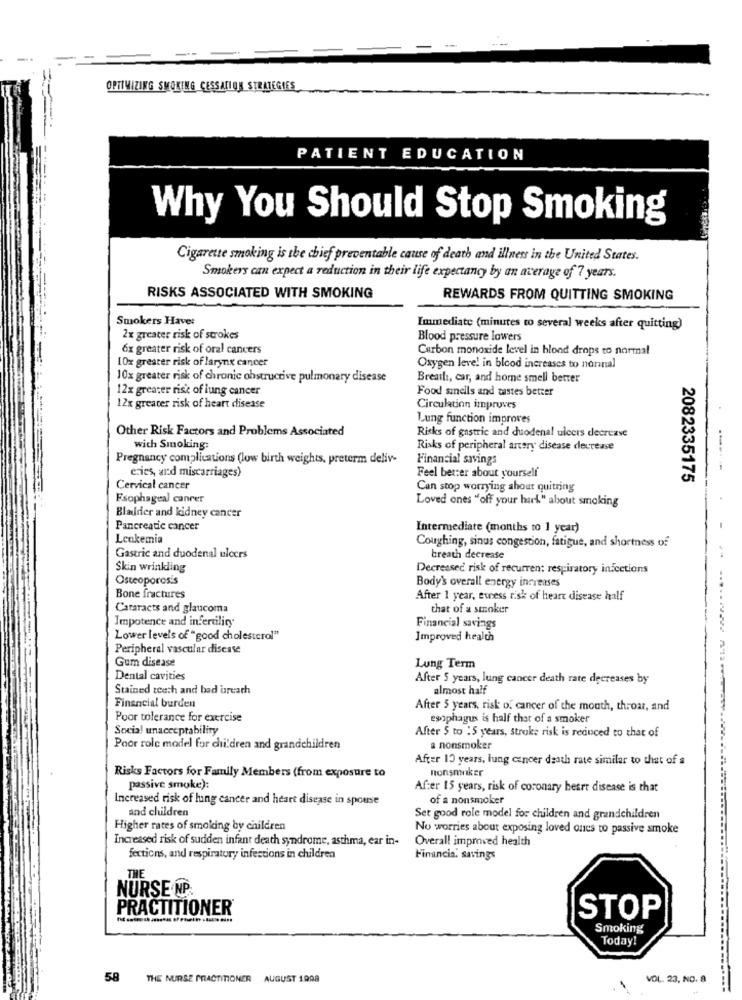
OPTIMIZING SMOKING CESSATION STRATEGIES
PATIENT EDUCATION
Why You Should Stop Smoking
Cigarette smoking is the chief preventable cause of death and illness in the United States.
Smokers can expect a reduction in their life expectancy by an average of 7 years.
RISKS ASSOCIATED WITH SMOKING
REWARDS FROM QUITTING SMOKING
Smokers Havet
Immediate (minutes to several weeks after quitting)
2x greater risk of strokes
Blood pressure lowers
6x greater risk of oral cancers
Carbon monoxide level in blond drops to normal
10% greater risk of larynx cancer
Oxygen leve! in blood increases to normal
10x greater risk of chronic obstructive pulmonary disease
Breath, car, and home smell better
12x greater risk of lung cancer
Food sinells and tastes better
12x greater risk of heart disease
Circulation improves
Lung function improves
Other Risk Factors and Problems Associated
Risks of gastric and duodenal ulcers decrease
with Smoking
Risks of peripheral artery disease decrease
Pregnancy complications (low birth weights, preterm deliv-
Financial savings
eries, and miscarriages)
Feel better about yourself
2082335175
Cervical cancer
Can stop worrying about quitring
Esophageal canrer
Loved ones "off your hark" about smoking
Bladder and kidney cancer
Pancreatic cancer
Intermediate (months to 1 year)
Leukemia
Coughing, sinus congestion, fatigue, and shortness of
Gastric and duodenal ulcers
breath decrease
Skin wrinkling
Decreased risk of recurren: respiratory infections
Osteoporosis
Body's overall energy increases
Bone fractures
After 1 year, ewess risk of heart disease half
Cataracts and glaucoma
that of a smoker
Impotence and infertility
Financial savings
Lower levels of "good cholesterol"
Improved health
Peripheral vascular disease
Gum disease
Lung Term
Dental cavities
After 5 years, lung cancer death rate decreases by
Stained teeth and bad breath
almost half
Financial burden
After 5 years, risk of cancer of the mouth, throat, and
Poor tolerance for exercise
esophagus is half that of a smoker
Socia! unacceptability
After 5 to : 5 years, stroke risk is reduced to that of
Poor role model for children and grandchildren
a nonsmoker
After 10 years, lung cancer death rate similar to that of s
nonsminker
Risks Factors for Family Members (from exposure to
passive smoke):
After 15 years, risk of coronary heart disease is that
Increased risk of lung cancer and heart disease in spouse
of a nonsmoker
and children
Set good role model for children and grandchildren
Higher rates of smoking by children
No worries about exposing loved ones to passive smoke
Increased risk of sudden infant death syndrome, asthma, ear in-
Overall improved health
fections, and respiratory infections in children
Financia. savings
THE
NURSE MP.
PRACTITIONER®
STOP
Smoking
Today!
58
THE NURSE PRACTITIONER AUGUST 1998
VOL. 23, NO. 8